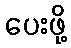
ပေးဖို့